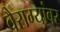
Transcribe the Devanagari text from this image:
वैराग्यांबर